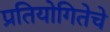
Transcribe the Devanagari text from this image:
प्रतियोगितेचे